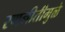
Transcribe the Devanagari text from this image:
रणनीतीमुळे